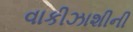
વાકીઝાશીની